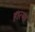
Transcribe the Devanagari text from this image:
हात्मा